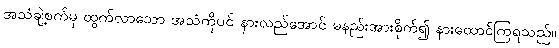
အသံချဲ့စက်မှ ထွက်လာသော အသံကိုပင် နားလည်အောင် မနည်းအားစိုက်၍ နားထောင်ကြရသည်။